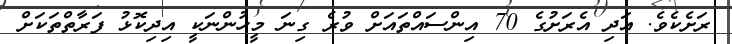
ރަށެކެވެ. އަދި އެރަށުގެ 70 އިންސައްތައަށް ވުރެ ގިނަ މީހުންނަކީ އިދިކޮޅު ފަރާތްތަކަށް